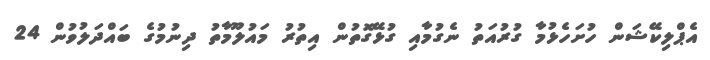
އެޕްލިކޭޝަން ހުށަހެޅުމާ ގުރުއަތު ނެގުމާއި ގުޅޭގޮތުން އިތުރު މައުލޫމާތު ދިނުމުގެ ބައްދަލުވުން 24